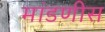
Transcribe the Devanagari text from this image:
मांडणीस